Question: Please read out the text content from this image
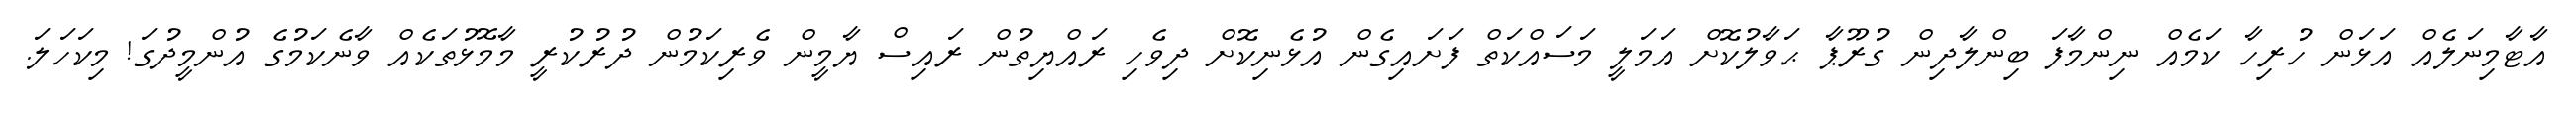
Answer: އާޓާމިނަލެއް އަޅަން ހުރިހާ ކަމެއް ނިންމާފަ ބިންލާދިން ގުރޫޕާ ޙަވާލުކޮށް އަމަލީ މަސައްކަތް ފަށައިގެން އުޅެނިކޮށް ދިވެހި ރައްޔިތުން ރައިސް ޔާމީން ވެރިކަމުން ދުރުކުރީ މާމޮޅުތަކެއް ވާނެކަމުގެ އުންމީދުގަ! މިކަހަލަ.